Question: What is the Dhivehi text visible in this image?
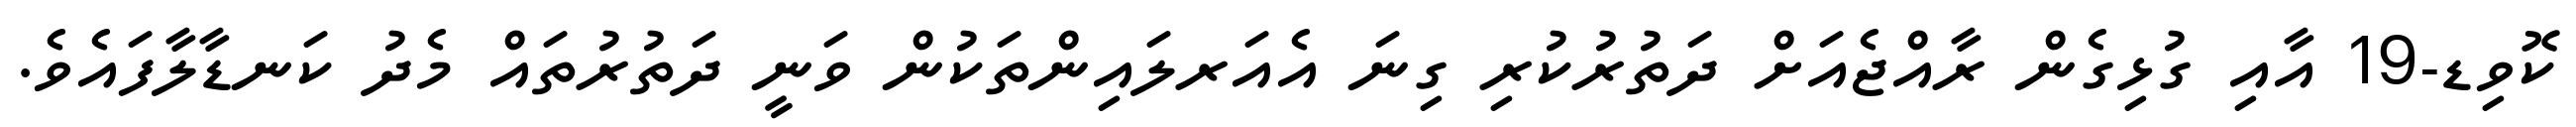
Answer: ކޮވިޑ-19 އާއި ގުޅިގެން ރާއްޖެއަށް ދަތުރުކުރި ގިނަ އެއަރލައިންތަކުން ވަނީ ދަތުރުތައް މެދު ކަނޑާލާފައެވެ.